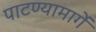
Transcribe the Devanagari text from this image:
पाटण्यामार्गे